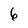
Character: 6